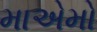
માએમો